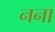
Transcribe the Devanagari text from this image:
नना